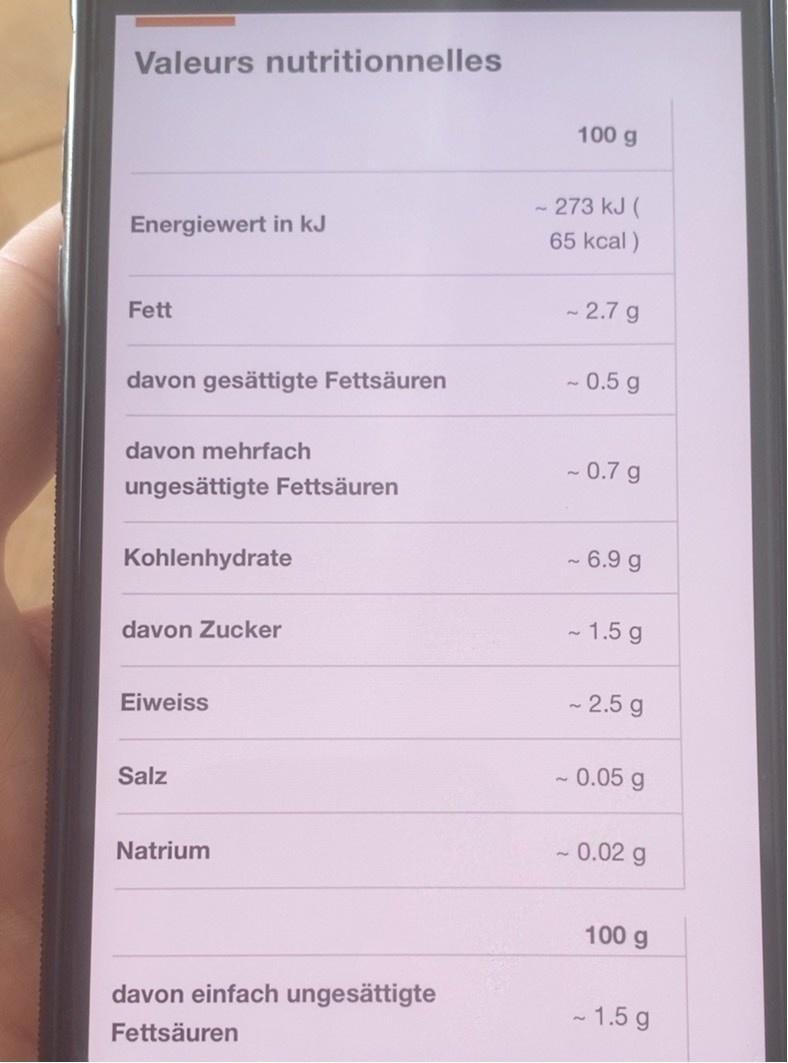
Valeurs nutritionnelles
100 g
- 273 kJ ( 65 kcal)
Energiewert in kJ
- 2.7 g
Fett
davon gesättigte Fettsäuren
- 0.5 g
davon mehrfach
- 0.7 g
ungesättigte Fettsäuren
Kohlenhydrate
- 6.9 g
davon Zucker
- 1.5 g
Eiweiss
- 2.5 g
Salz
- 0.05 g
Natrium
- 0.02 g
100 g
davon einfach ungesättigte
- 1.5 g
Fettsäuren